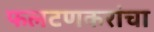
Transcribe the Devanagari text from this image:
फलटणकरांचा